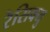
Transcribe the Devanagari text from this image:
रेसिक्यु